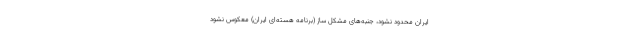
ایران محدود نشود، جنبه‌های مشکل ساز (برنامه هسته‌ای ایران) معکوس نشود